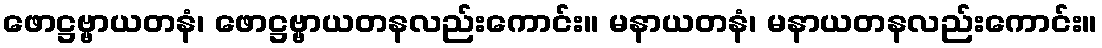
ဖောဋ္ဌဗ္ဗာယတနံ၊ ဖောဋ္ဌဗ္ဗာယတနလည်းကောင်း။ မနာယတနံ၊ မနာယတနလည်းကောင်း။